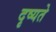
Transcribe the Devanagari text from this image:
दृष्यते